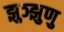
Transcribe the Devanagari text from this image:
झुञ्झुणु